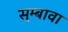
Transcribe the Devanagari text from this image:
सुम्बावा